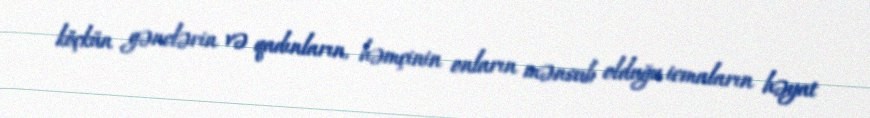
köçkün gənclərin və qadınların, həmçinin onların mənsub olduğu icmaların həyat